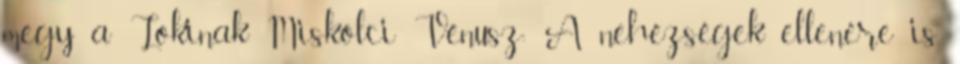
megy a Lokinak Miskolci Vénusz: A nehézségek ellenére is